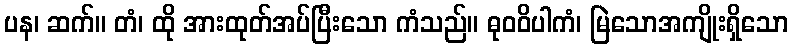
ပန၊ ဆက်။ တံ၊ ထို အားထုတ်အပ်ပြီးသော ကံသည်။ ဓုဝဝိပါကံ၊ မြဲသောအကျိုးရှိသော